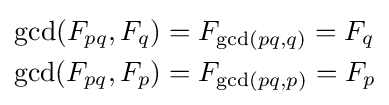
{\begin{aligned}\gcd(F_{pq},F_{q})&=F_{\gcd(pq,q)}=F_{q}\\\gcd(F_{pq},F_{p})&=F_{\gcd(pq,p)}=F_{p}\end{aligned}}